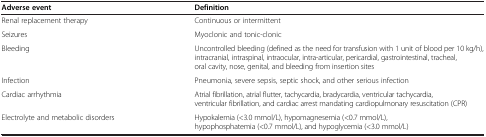
| Adverse event | Definition |
 | --- | --- |
 | Renal replacement therapy | Continuous or intermittent |
 | Seizures | Myoclonic and tonic-clonic |
 | Bleeding | Uncontrolled bleeding (defined as the need for transfusion with 1 unit of blood per 10 kg/h), intracranial, intraspinal, intraocular, intra-articular, pericardial, gastrointestinal, tracheal, oral cavity, nose, genital, and bleeding from insertion sites |
 | Infection | Pneumonia, severe sepsis, septic shock, and other serious infection |
 | Cardiac arrhythmia | Atrial fibrillation, atrial flutter, tachycardia, bradycardia, ventricular tachycardia, ventricular fibrillation, and cardiac arrest mandating cardiopulmonary resuscitation (CPR) |
 | Electrolyte and metabolic disorders | Hypokalemia (<3.0 mmol/L), hypomagnesemia (<0.7 mmol/L), hypophosphatemia (<0.7 mmol/L), and hypoglycemia (<3.0 mmol/L) |